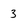
Character: 3